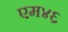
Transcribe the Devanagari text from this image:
एम४६